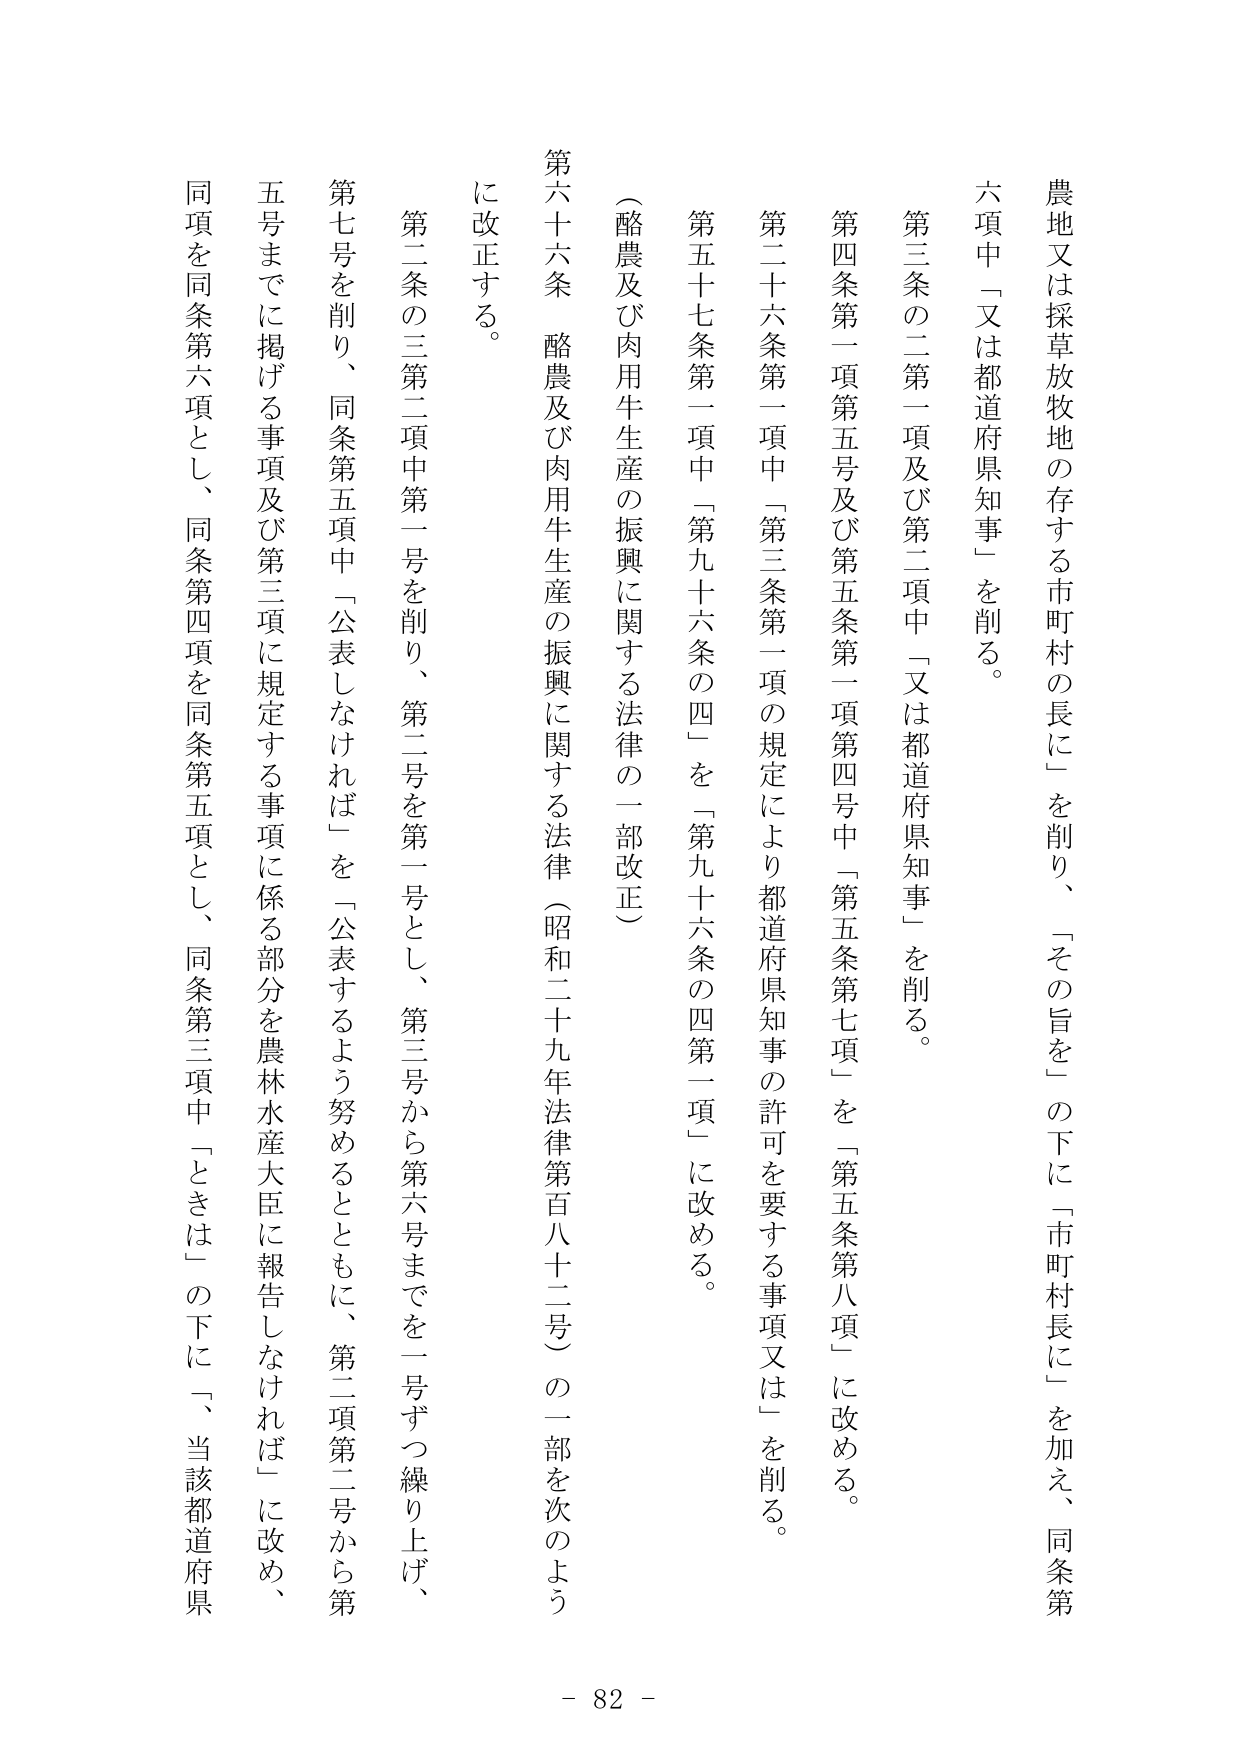
農地又は採草放牧地の存する市町村の長に」を削り、「その旨を」の下に「市町村長に」を加え、同条第六項中「又は都道府県知事」を削る。

第三条の二第一項及び第二項中「又は都道府県知事」を削る。

第四条第一項第五号及び第五条第一項第四号中「第五条第七項」を「第五条第八項」に改める。

第二十六条第一項中「第三条第一項の規定により都道府県知事の許可を要する事項又は」を削る。

第五十七条第一項中「第九十六条の四」を「第九十六条の四第一項」に改める。

（酪農及び肉用牛生産の振興に関する法律の一部改正）

第六十六条 酪農及び肉用牛生産の振興に関する法律（昭和二十九年法律第百八十二号）の一部を次のよう
に改正する。

第二条の三第二項中第一号を削り、第二号を第一号とし、第三号から第六号までを一号ずつ繰り上げ、
第七号を削り、同条第五項中「公表しなければ」を「公表するよう努めるとともに、第二項第二号から第
五号までに掲げる事項及び第三項に規定する事項に係る部分を農林水産大臣に報告しなければ」に改め、
同項を同条第六項とし、同条第四項を同条第五項とし、同条第三項中「ときは」の下に「、当該都道府県

- 82 -